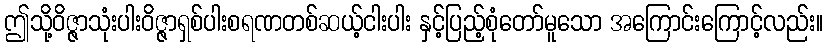
ဤသို့ဝိဇ္ဇာသုံးပါးဝိဇ္ဇာရှစ်ပါးစရဏတစ်ဆယ့်ငါးပါး နှင့်ပြည့်စုံတော်မူသော အကြောင်းကြောင့်လည်း။